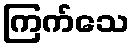
ကြက်သေ